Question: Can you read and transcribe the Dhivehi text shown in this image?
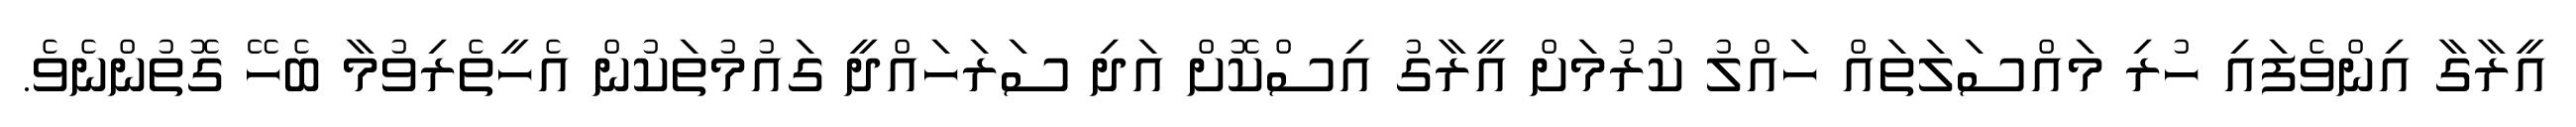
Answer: އީރާގާ އިންވެފައި ހުރި މައްސަލަތައް ހައްލު ކުރުމަށް އީރާގު އިސްކޮށް އަދި ސަރަހައްދީ ގައުމުތަކުން އެހީތެރިވުމާ ބެހޭ ގޮތުންނެވެ.